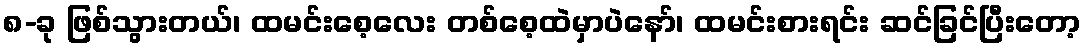
၈-ခု ဖြစ်သွားတယ်၊ ထမင်းစေ့လေး တစ်စေ့ထဲမှာပဲနော်၊ ထမင်းစားရင်း ဆင်ခြင်ပြီးတော့